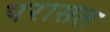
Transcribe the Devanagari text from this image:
परासल